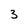
Character: 3